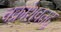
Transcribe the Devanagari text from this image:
चक्रांशवतद्